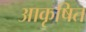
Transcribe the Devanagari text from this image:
आकृषित